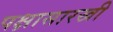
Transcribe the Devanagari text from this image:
पक्षासारखी